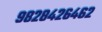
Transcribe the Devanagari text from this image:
९८२८४२६४६२